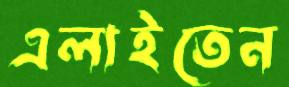
এলাইতেন